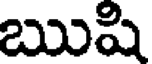
ఋషి